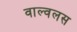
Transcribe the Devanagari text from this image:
वाल्वलस